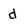
Character: d